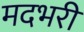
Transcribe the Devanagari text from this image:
मदभरी